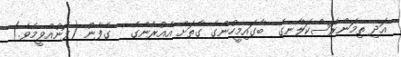
އަދި ތިމަންރަސްކަލާނގެ  ބާގައިމީހުންގެ ގާތަށް އެއުރެންގެ   ގެފާނު (ފޮނުއްވީމެވެ.)